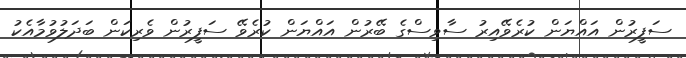
ސަފީރުން އައްޔަން ކުރެވޭއިރު ސާވިސްގެ ބޭރުން އައްޔަން ކުރެވޭ ސަފީރުން ވެރިކަން ބަދަލުވުމާއެކު